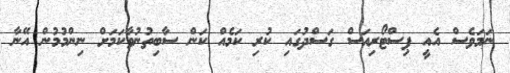
ނަމަވެސް އެއީ ޕިސްޓޯރިއަސް ގަސްދުގައި ކުރި ކަމެއް ކަން ސާބިތުނުވާކަމަށް ނިންމުމުން އޭނާ